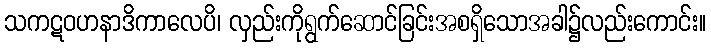
သကဋဝဟနာဒိကာလေပိ၊ လှည်းကိုရွက်ဆောင်ခြင်းအစရှိသောအခါ၌လည်းကောင်း။